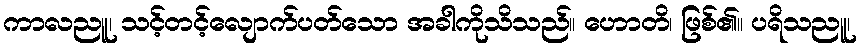
ကာလညူ၊ သင့်တင့်လျောက်ပတ်သော အခါကိုသိသည်။ ဟောတိ၊ ဖြစ်၏။ ပရိသညူ၊